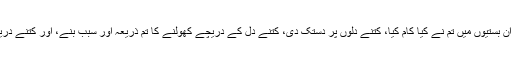
کبھی اتفاقاً آدمی اپنے آپ سے یہ سوال کرلے کہ قرآن تو میں بھی پڑھتا ہوں کہ اگر پوچھ لیا جائے کہ ان بستیوں میں تم نے کیا کام کیا، کتنے دلوں پر دستک دی، کتنے دل کے دریچے کھولنے کا تم ذریعہ اور سبب بنے، اور کتنے دریچہ ہاے دل ایسے تھے جو تکتے رہ گئے کہ کوئی آئے اور بتائے تو سہی کہ اسلام کہتے کس کو ہیں!